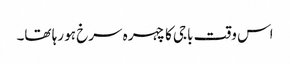
اس وقت باجی کا چہرہ سرخ ہو رہا تھا۔